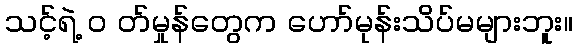
သင့်ရဲ့ ၀ တ်မှုန်တွေက ဟော်မုန်းသိပ်မများဘူး။